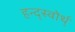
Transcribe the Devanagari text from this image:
हन्द्स्वोर्थ्